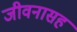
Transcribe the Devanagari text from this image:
जीवनासह